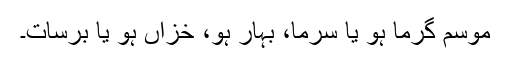
موسم گرما ہو یا سرما، بہار ہو، خزاں ہو یا برسات۔